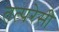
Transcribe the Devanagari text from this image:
तत्परेसी